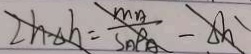
Z h _ { \Delta } h = \frac { m A } { S _ { A \rho A } } - \Delta h